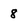
Character: 8